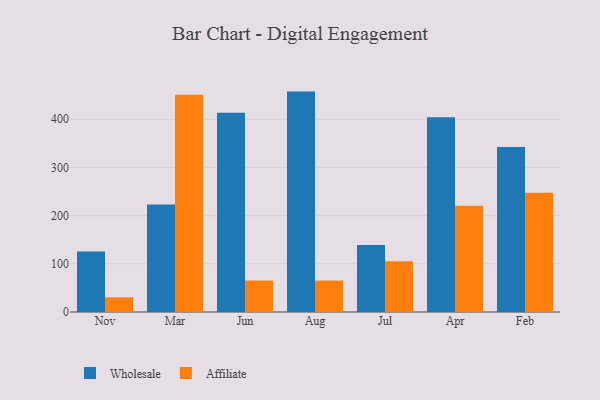
{"axis": {"x": "Month", "y": "Humidity (%)"}, "legend": ["Affiliate", "Wholesale"], "data": [{"x": "Nov", "y": 125.6, "type": "Wholesale"}, {"x": "Nov", "y": 30.4, "type": "Affiliate"}, {"x": "Mar", "y": 223.0, "type": "Wholesale"}, {"x": "Mar", "y": 450.6, "type": "Affiliate"}, {"x": "Jun", "y": 413.4, "type": "Wholesale"}, {"x": "Jun", "y": 65.3, "type": "Affiliate"}, {"x": "Aug", "y": 457.2, "type": "Wholesale"}, {"x": "Aug", "y": 65.2, "type": "Affiliate"}, {"x": "Jul", "y": 139.1, "type": "Wholesale"}, {"x": "Jul", "y": 105.5, "type": "Affiliate"}, {"x": "Apr", "y": 403.9, "type": "Wholesale"}, {"x": "Apr", "y": 220.3, "type": "Affiliate"}, {"x": "Feb", "y": 342.2, "type": "Wholesale"}, {"x": "Feb", "y": 247.5, "type": "Affiliate"}]}